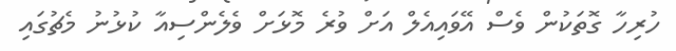
ހުރިހާ ގޮތަކުން ވެސް އޭވައިއެލް އަށް ވުރެ މޮޅަށް ވެލެންސިއާ ކުޅުނު މެޗުގައި